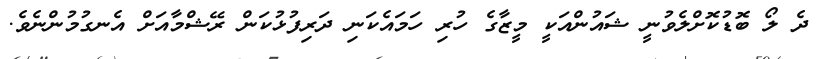
ދެ ލޯ ބޮޑުކޮށްލެވުނީ ޝައުންއަކީ މީޒާގެ ހުރި ހަމައެކަނި ދަރިފުޅުކަން ރޭޝްމާއަށް އެނގުމުންނެވެ.